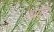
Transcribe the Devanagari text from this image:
पप्रयेग